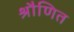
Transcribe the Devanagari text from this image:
श्रौणित